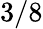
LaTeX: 3/8